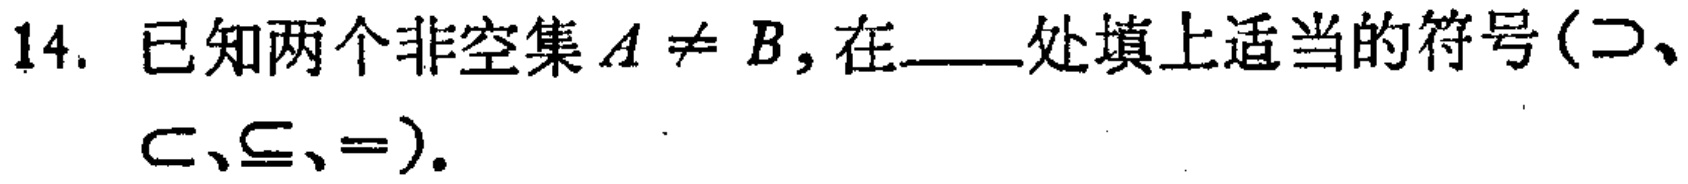
14. 已知两个非空集$A \neq B$, 在____处填上适当的符号($\supset$、$\subset$、$\subseteq$、$=$).